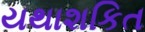
યથાશકિત